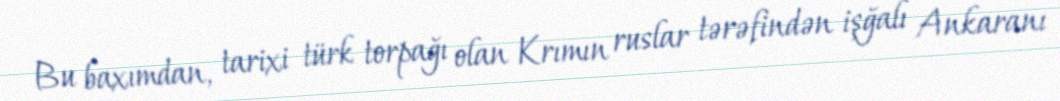
Bu baxımdan, tarixi türk torpağı olan Krımın ruslar tərəfindən işğalı Ankaranı